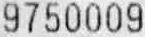
9750009